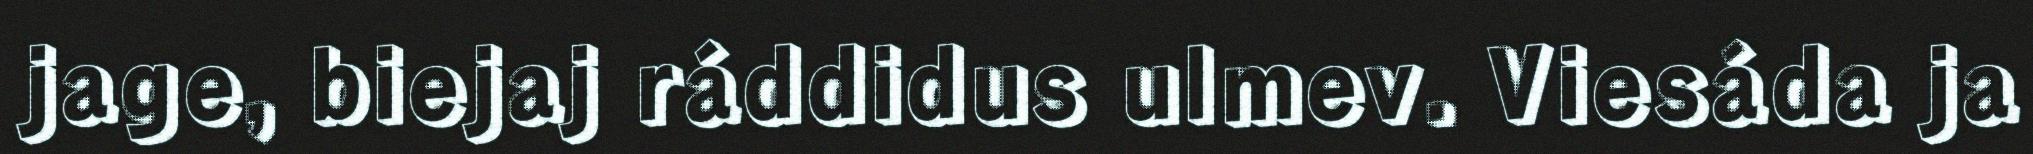
jage, biejaj ráddidus ulmev. Viesáda ja